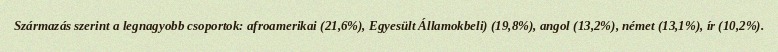
Származás szerint a legnagyobb csoportok: afroamerikai (21,6%), Egyesült Államokbeli) (19,8%), angol (13,2%), német (13,1%), ír (10,2%).